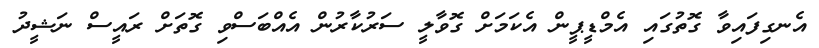
އެނގިފައިވާ ގޮތުގައި އެމްޑީޕީން އެކަމަށް ގޮވާލީ ސަރުކާރުން އެއްބަސްވި ގޮތަށް ރައީސް ނަޝީދު